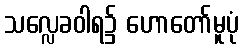
သလ္လေခဝါရ၌ ဟောတော်မူပုံ